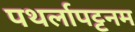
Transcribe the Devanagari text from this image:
पथर्लापट्टनम